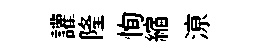
讙隆恂縮鿌